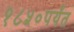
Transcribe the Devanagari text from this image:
१८५०पर्यंत